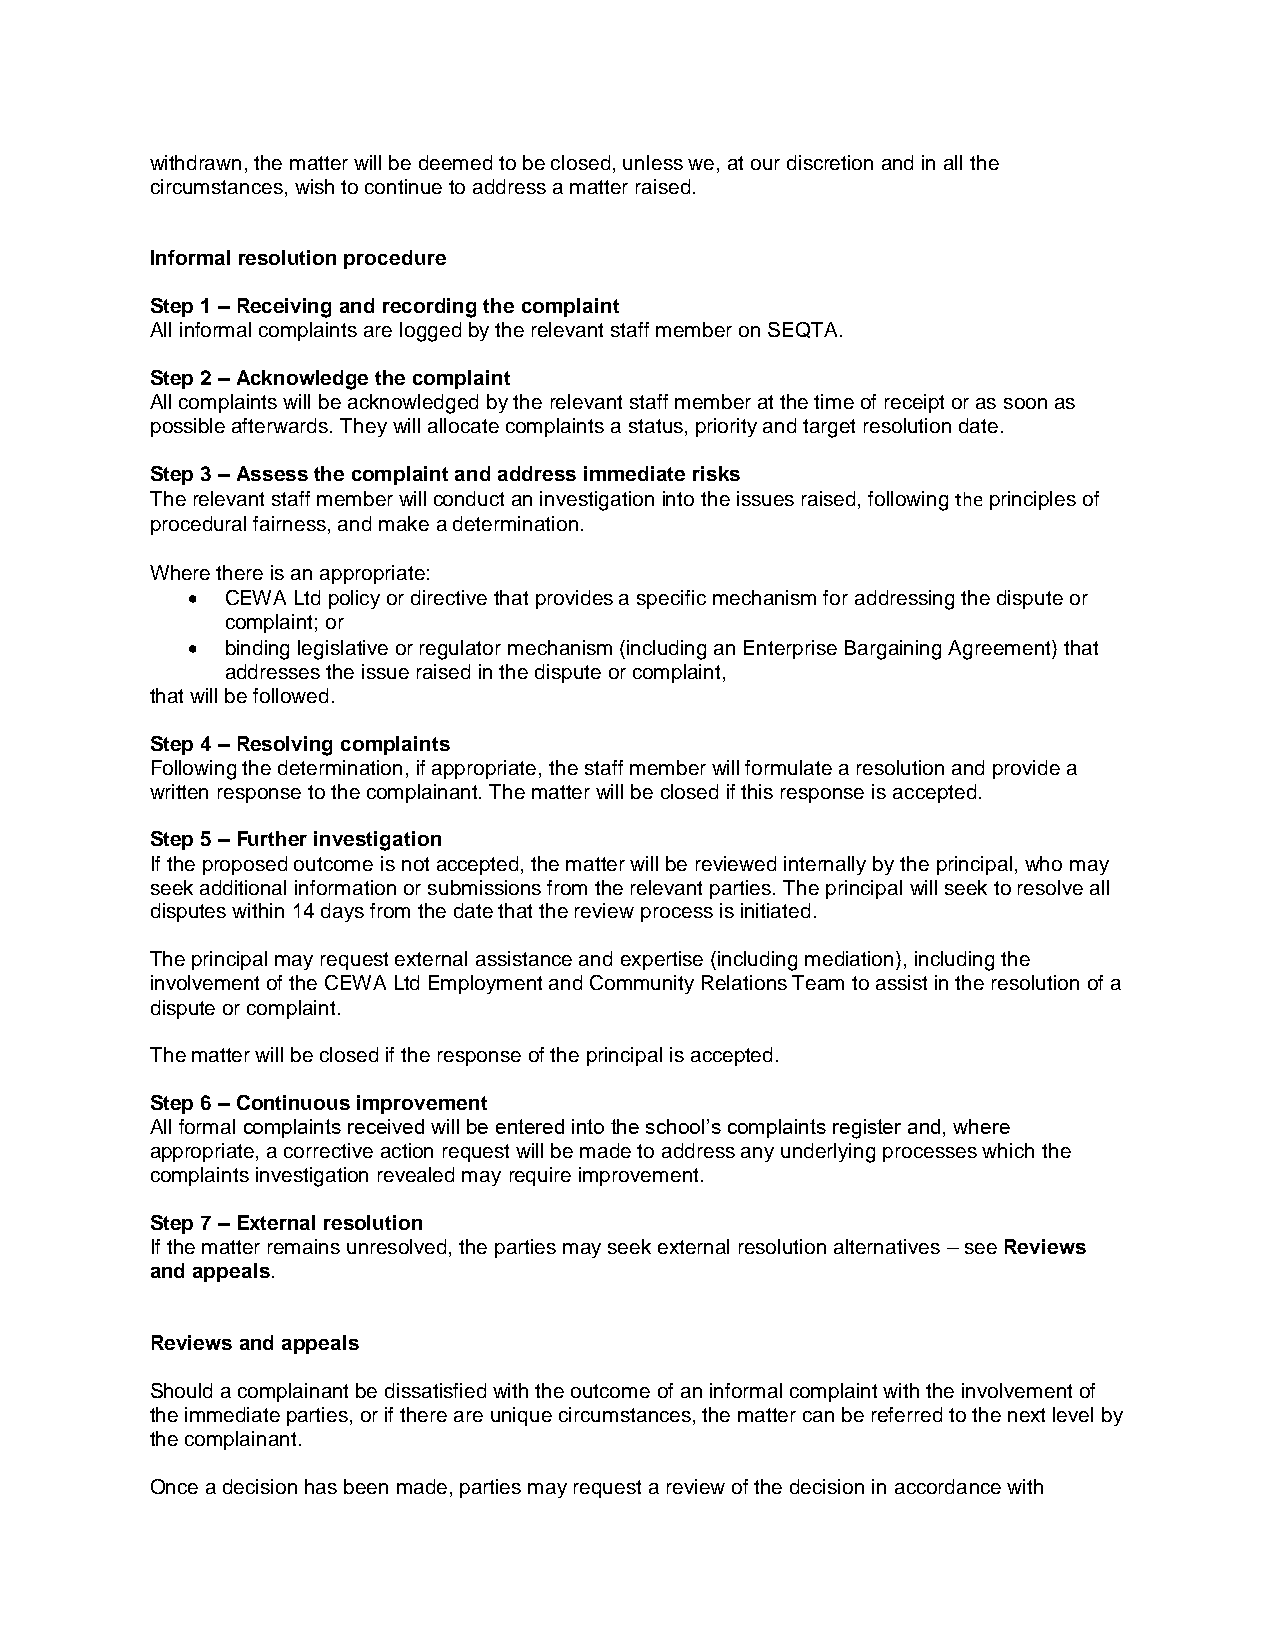
withdrawn, the matter will be deemed to be closed, unless we, at our discretion and in all the
 circumstances, wish to continue to address a matter raised.
 Informal resolution procedure
 Step 1 – Receiving and recording the complaint
 All informal complaints are logged by the relevant staff member on SEQTA.
 Step 2 – Acknowledge the complaint
 All complaints will be acknowledged by the relevant staff member at the time of receipt or as soon as
 possible afterwards. They will allocate complaints a status, priority and target resolution date.
 Step 3 – Assess the complaint and address immediate risks
 The relevant staff member will conduct an investigation into the issues raised, following the principles of
 procedural fairness, and make a determination.
 Where there is an appropriate:
   CEWA Ltd policy or directive that provides a specific mechanism for addressing the dispute or
 complaint; or
   binding legislative or regulator mechanism (including an Enterprise Bargaining Agreement) that
 addresses the issue raised in the dispute or complaint,
 that will be followed.
 Step 4 – Resolving complaints
 Following the determination, if appropriate, the staff member will formulate a resolution and provide a
 written response to the complainant. The matter will be closed if this response is accepted.
 Step 5 – Further investigation
 If the proposed outcome is not accepted, the matter will be reviewed internally by the principal, who may
 seek additional information or submissions from the relevant parties. The principal will seek to resolve all
 disputes within 14 days from the date that the review process is initiated.
 The principal may request external assistance and expertise (including mediation), including the
 involvement of the CEWA Ltd Employment and Community Relations Team to assist in the resolution of a
 dispute or complaint.
 The matter will be closed if the response of the principal is accepted.
 Step 6 – Continuous improvement
 All formal complaints received will be entered into the school’s complaints register and, where
 appropriate, a corrective action request will be made to address any underlying processes which the
 complaints investigation revealed may require improvement.
 Step 7 – External resolution
 If the matter remains unresolved, the parties may seek external resolution alternatives – see Reviews
 and appeals.
 Reviews and appeals
 Should a complainant be dissatisfied with the outcome of an informal complaint with the involvement of
 the immediate parties, or if there are unique circumstances, the matter can be referred to the next level by
 the complainant.
 Once a decision has been made, parties may request a review of the decision in accordance with